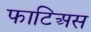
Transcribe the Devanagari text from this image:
फाटिअस